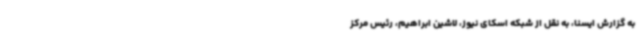
به گزارش ایسنا، به نقل از شبکه اسکای نیوز، لاشین ابراهیم، رئیس مرکز